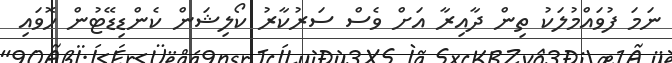
ނަމަ ފުވައްމުލަކު ތިން ދާއިރާ އަށް ވެސް ސަރުކާރު ކޯލިޝަން ކެންޑިޑޭޓުން ހޮވައި